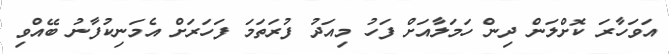
އަވަހާރަ ކޮށްލަން ދިން ހަމަލާއަށް ފަހު މިއަދު ފުރަތަމަ ފަހަރަށް އެމަނިކުފާނު ބޭއްވި